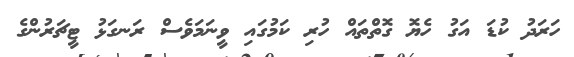
ހަރަދު ކުޑަ އަގު ހެޔޮ ގޮތްތައް ހުރި ކަމުގައި ވީނަމަވެސް ރަނގަޅު ޓީޗަރުންގެ